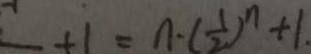
+ 1 = n \cdot ( \frac { 1 } { 2 } ) ^ { n } + 1 .